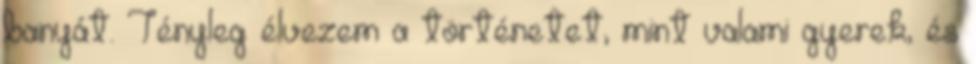
banyát. Tényleg élvezem a történetet, mint valami gyerek, és